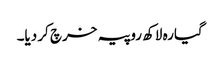
گیارہ لاکھ روپیہ خرچ کر دیا۔